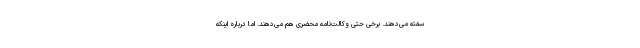
سفته می‌دهند. برخی حتی وکالت‌نامه محضری هم می‌دهند. اما درباره اینکه